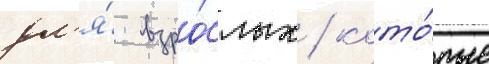
дл'я́ взро́слых / кото́рые